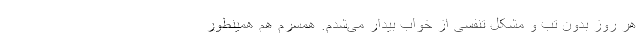
هر روز بدون تب و مشکل تنفسی از خواب بیدار می‌شدم. همسرم هم همینطور